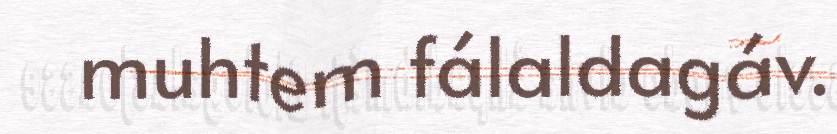
muhtem fálaldagáv.